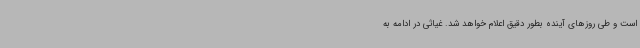
است و طی روزهای آینده بطور دقیق اعلام خواهد شد. غیاثی در ادامه به